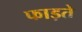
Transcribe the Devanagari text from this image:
फाड़ते